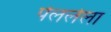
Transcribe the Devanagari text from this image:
पेललेला